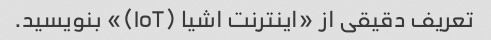
تعریف دقیقی از «اینترنت اشیا (IoT)» بنویسید.